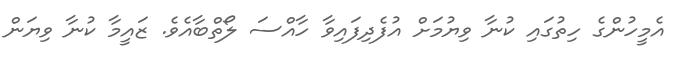
އެމީހުންގެ ހިތުގައި ކުނާ ވިޔުމަށް އުފެދިފައިވާ ހާއްސަ ލޯތްބާއެވެ. ޒައީމާ ކުނާ ވިޔަން